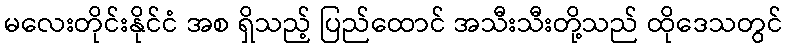
မလေးတိုင်းနိုင်ငံ အစ ရှိသည့် ပြည်ထောင် အသီးသီးတို့သည် ထိုဒေသတွင်